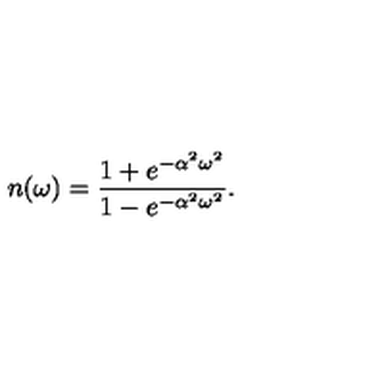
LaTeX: n ( \omega ) = { \frac { 1 + e ^ { - \alpha ^ { 2 } \omega ^ { 2 } } } { 1 - e ^ { - \alpha ^ { 2 } \omega ^ { 2 } } } } .